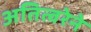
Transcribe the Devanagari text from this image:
अतित्वरेने